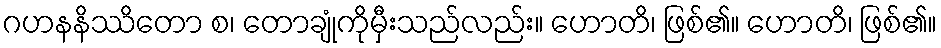
ဂဟနနိဿိတော စ၊ တောချုံကိုမှီးသည်လည်း။ ဟောတိ၊ ဖြစ်၏။ ဟောတိ၊ ဖြစ်၏။